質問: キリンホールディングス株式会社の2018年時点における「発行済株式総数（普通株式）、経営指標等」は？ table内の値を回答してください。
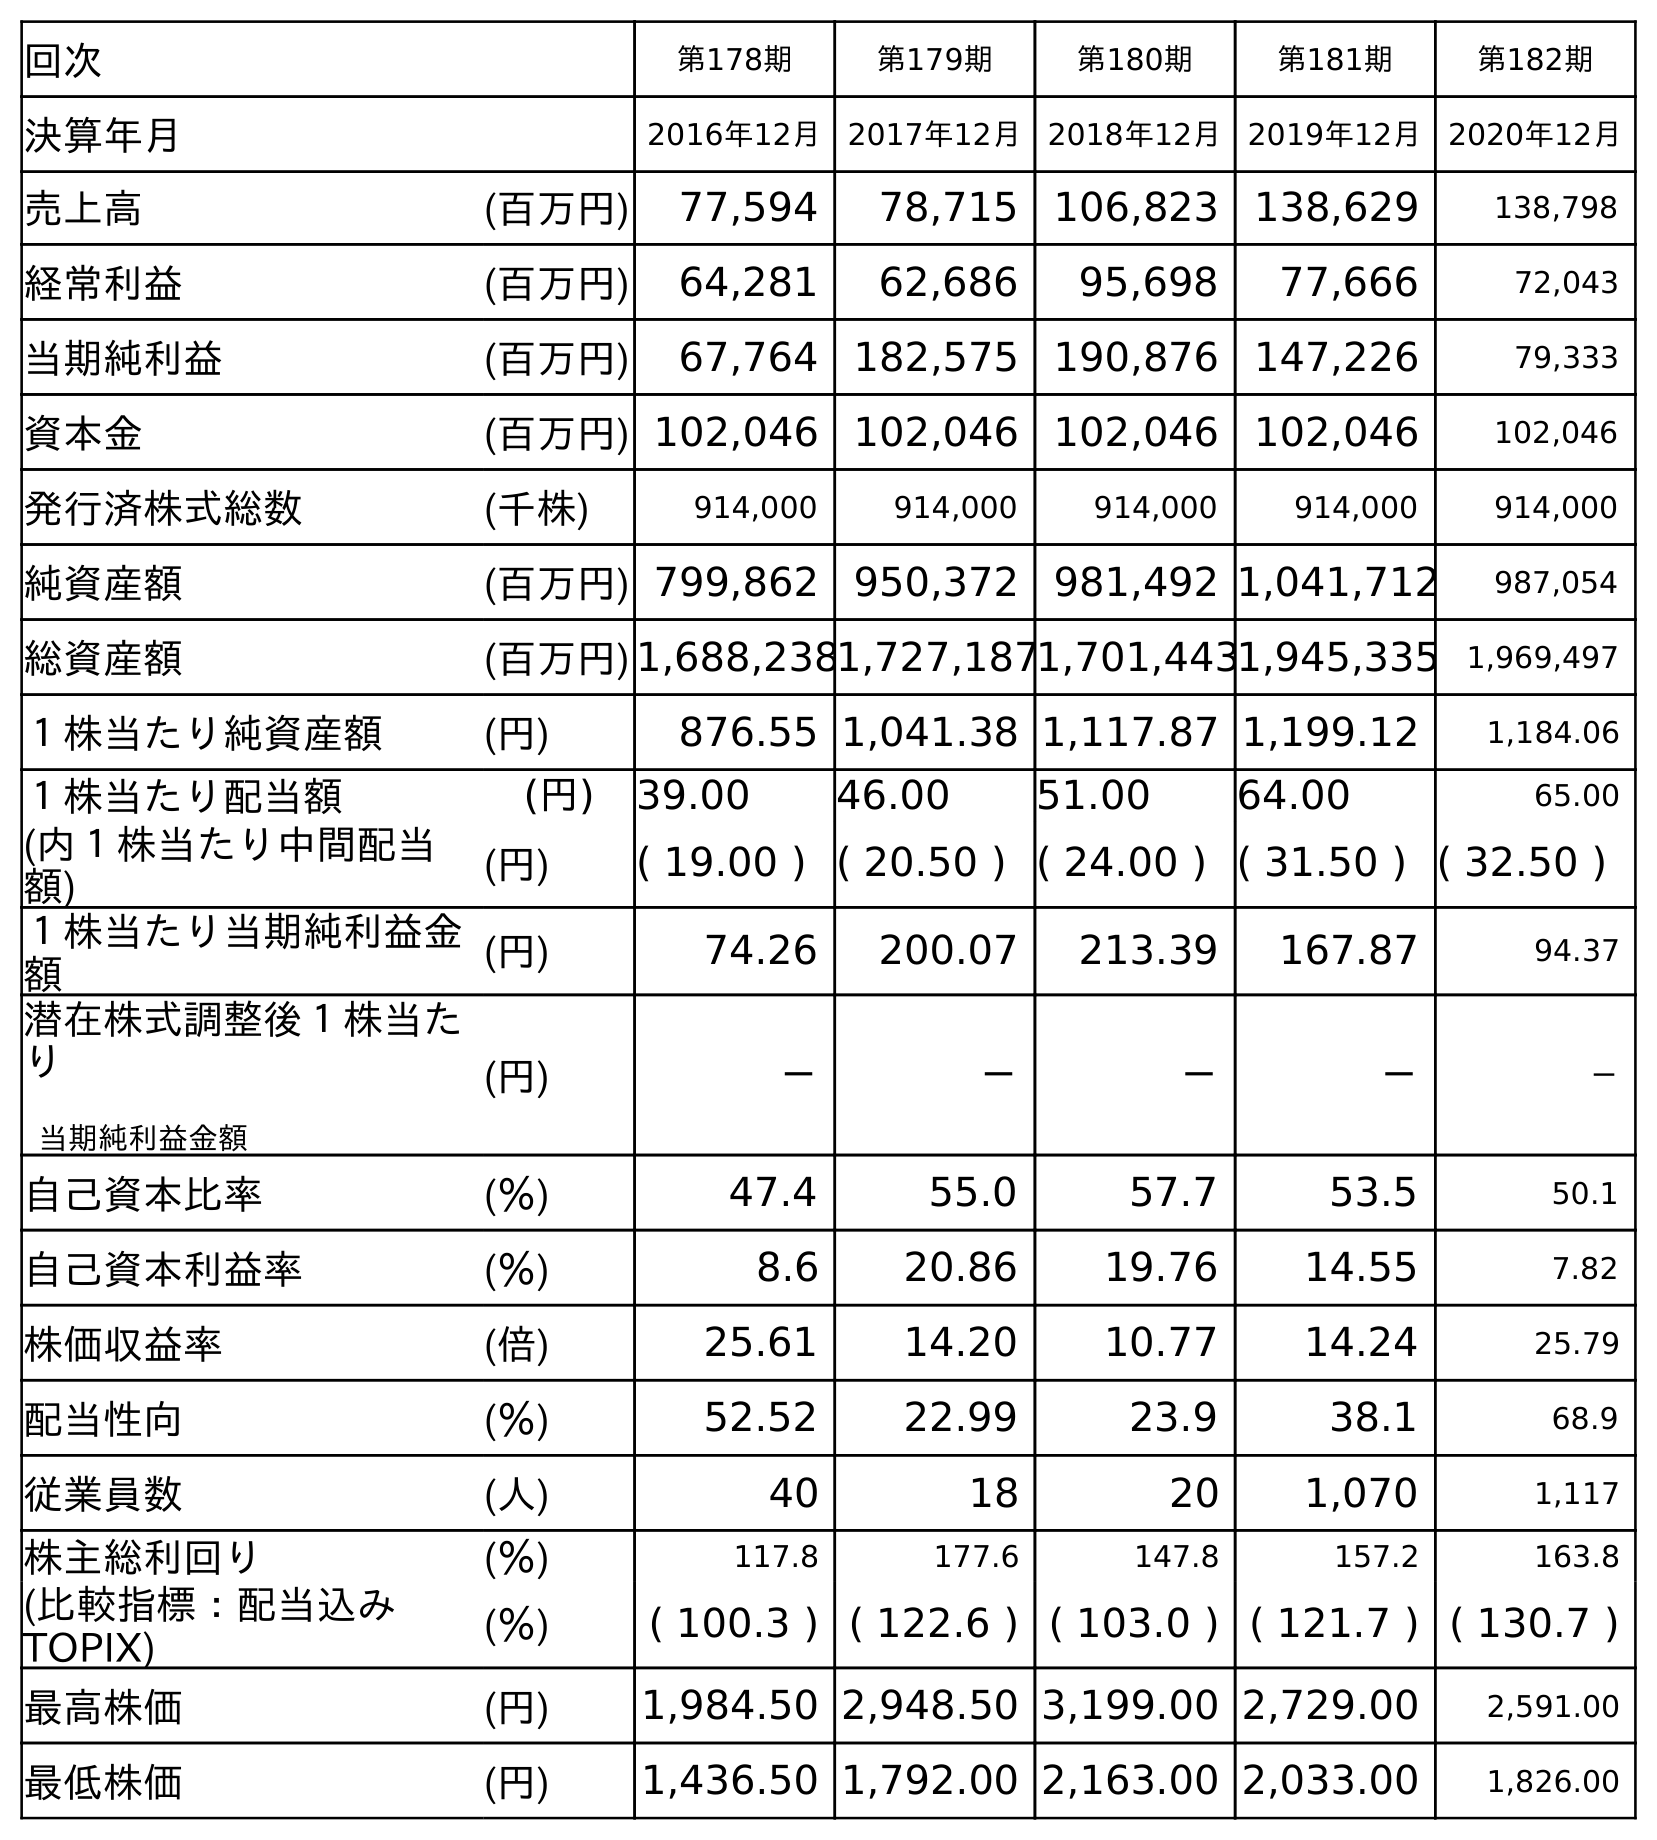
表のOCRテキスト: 回次 第178期 第179期 第180期 第181期 第182期 決算年月 2016年12月 2017年12月 2018年12月 2019年12月 2020年12月 売上高 (百万円) 77,594 78,715 106,823 138,629 138,798 経常利益 (百万円) 64,281 62,686 95,698 77,666 72,043 当期純利益 (百万円) 67,764 182,575 190,876 147,226 79,333 資本金 (百万円) 102,046 102,046 102,046 102,046 102,046 発行済株式総数 (千株) 914,000 914,000 914,000 914,000 914,000 純資産額 (百万円) 799,862 950,372 981,492 1,041,712 987,054 総資産額 (百万円)1,688,2381,727,1871,701,4431,945,335 1,969,497 １株当たり純資産額 (円) 876.55 1,041.38 1,117.87 1,199.12 1,184.06 １株当たり配当額 (円) 39.00 46.00 51.00 64.00 65.00 (内１株当たり中間配当 額) (円) ( 19.00 ) ( 20.50 ) ( 24.00 ) ( 31.50 ) ( 32.50 ) １株当たり当期純利益金 額 (円) 74.26 200.07 213.39 167.87 94.37 潜在株式調整後１株当た り 当期純利益金額 (円) － － － － － 自己資本比率 (％) 47.4 55.0 57.7 53.5 50.1 自己資本利益率 (％) 8.6 20.86 19.76 14.55 7.82 株価収益率 (倍) 25.61 14.20 10.77 14.24 25.79 配当性向 (％) 52.52 22.99 23.9 38.1 68.9 従業員数 (人) 40 18 20 1,070 1,117 株主総利回り (％) 117.8 177.6 147.8 157.2 163.8 (比較指標：配当込み TOPIX) (％) ( 100.3 ) ( 122.6 ) ( 103.0 ) ( 121.7 ) ( 130.7 ) 最高株価 (円) 1,984.50 2,948.50 3,199.00 2,729.00 2,591.00 最低株価 (円) 1,436.50 1,792.00 2,163.00 2,033.00 1,826.00
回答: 914,000